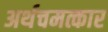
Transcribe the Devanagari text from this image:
अर्थचमत्कार